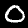
Label: 0